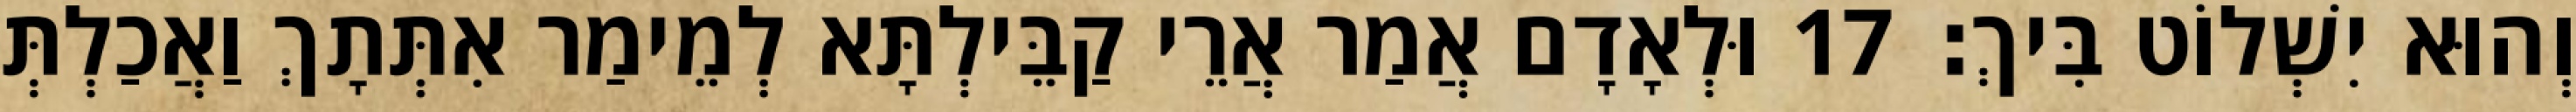
וְהוּא יִשְׁלוֹט בִּיךְ׃ 17 וּלְאָדָם אֲמַר אֲרֵי קַבֵּילְתָּא לְמֵימַר אִתְּתָךְ וַאֲכַלְתְּ